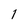
Character: 1